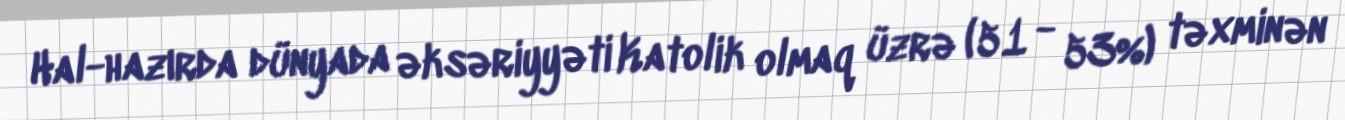
Hal-hazırda dünyada əksəriyyəti Katolik olmaq üzrə (51 - 53%) təxminən